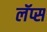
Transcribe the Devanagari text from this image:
लॅप्स